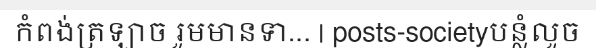
កំពង់ត្រឡាច រួមមានទា... | posts-societyបន្លំលួច